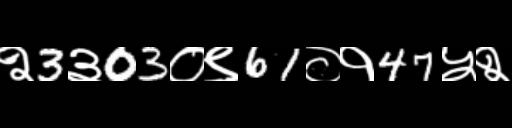
Text: २3३03०९61०१47५२